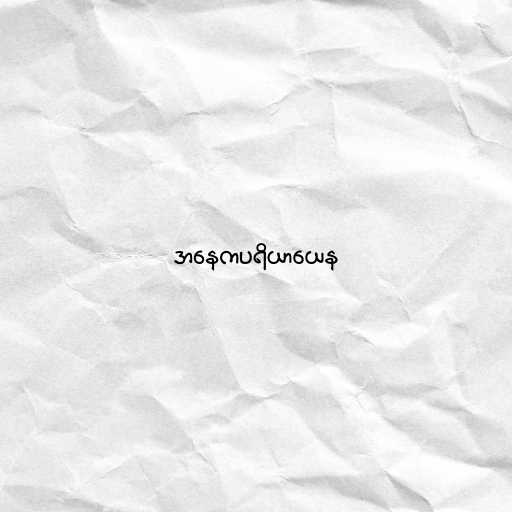
အနေကပရိယာယေန